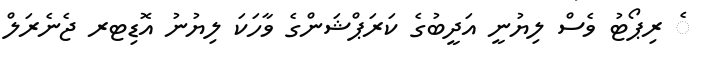
ެ ރިޕޯޓު ވެސް ލިޔުނީ އަދީބުގެ ކަރަޕްޝަންގެ ވާހަކަ ލިޔުނު އޮޑިޓރ ޖެނެރަލް